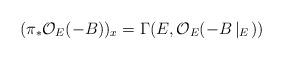
LaTeX: \begin{align*}(\pi_{*}\mathcal{O}_{E}(-B))_{x} = \Gamma(E, \mathcal{O}_{E}(-B\left|_E\right.))\end{align*}